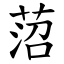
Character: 菬